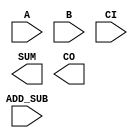
////////////////////////////////////////////////////////////////////////////////
//
//       This confidential and proprietary software may be used only
//     as authorized by a licensing agreement from Synopsys Inc.
//     In the event of publication, the following notice is applicable:
//
//                    (C) COPYRIGHT 1992 - 2016 SYNOPSYS INC.
//                           ALL RIGHTS RESERVED
//
//       The entire notice above must be reproduced on all authorized
//     copies.
//
//
// VERSION:   Simulation Architecture
//
// DesignWare_version: f1632608
// DesignWare_release: K-2015.06-DWBB_201506.5.2
//
////////////////////////////////////////////////////////////////////////////////
//-----------------------------------------------------------------------------------
//
// ABSTRACT:  Adder-Subtractor
//           ADD_SUB= '1' : SUM <= A - B - CI
//           ADD_SUB= '0' : SUM <= A + B + CI
//           Carry-in and Carry-out is active high with both addition 
//           and subtraction.
//                      Converted to verilog from vhdl
//            GN 
//                      changed dw01 to DW01 star 33068
//
//	      Bob Tong: 12/02/98  	
//                      STAR 59142
//
//	      Bob Tong: 03/03/2000	
//                      STAR 99907
//
//           RPH        07/17/2002 
//                          Rewrote to comply with the new guidelines
//     
//---------------------------------------------------------------------

module DW01_addsub (A,B,CI,ADD_SUB,SUM,CO);

  parameter width = 4;

  // port list declaration in order
  input   [width-1 : 0]     A, B;
  input                     CI, ADD_SUB;
   
  output  [width-1 : 0]     SUM;
  output                    CO;
   
  // synopsys translate_off
  wire [width : 0]      tmp_out;   
  //-------------------------------------------------------------------------
  // Parameter legality check
  //-------------------------------------------------------------------------

  
 
  initial begin : parameter_check
    integer param_err_flg;

    param_err_flg = 0;
    
  
    if (width < 1) begin
      param_err_flg = 1;
      $display(
	"ERROR: %m :\n  Invalid value (%d) for parameter width (lower bound: 1)",
	width );
    end 
  
    if ( param_err_flg == 1) begin
      $display(
        "%m :\n  Simulation aborted due to invalid parameter value(s)");
      $finish;
    end

  end // parameter_check 


  assign tmp_out = ((^(A ^ A) !== 1'b0) || (^(B ^ B) !== 1'b0) || (^(ADD_SUB ^ ADD_SUB) !== 1'b0)) ? {width+1{1'bx}} 
		   : ADD_SUB ? A-B-CI : A+B+CI;
  assign CO = tmp_out[width];
  assign SUM = tmp_out[width-1 : 0];

  // synopsys translate_on
   
endmodule